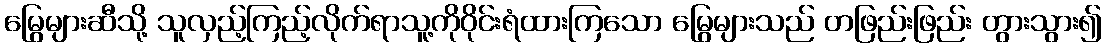
မြွေများဆီသို့ သူလှည့်ကြည့်လိုက်ရာသူ့ကိုဝိုင်းရံထားကြသော မြွေများသည် တဖြည်းဖြည်း တွားသွား၍